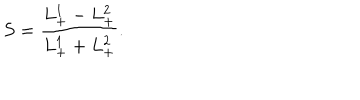
S = { \frac { L _ { + } ^ { 1 } - L _ { + } ^ { 2 } } { L _ { + } ^ { 1 } + L _ { + } ^ { 2 } } } .